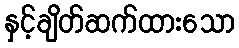
နှင့်ချိတ်ဆက်ထားသော